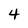
Character: 4